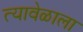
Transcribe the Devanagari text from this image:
त्यावेळाला